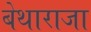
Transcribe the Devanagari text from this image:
बेथाराजा